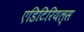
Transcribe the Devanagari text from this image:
एडिटिरियल्स